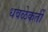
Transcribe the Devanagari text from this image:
धवळेकर्ती